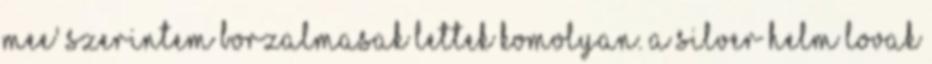
mee' szerintem borzalmasak lettek Komolyan. A Silver Helm lovak